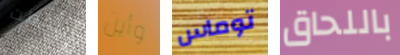
التقطت وأين توماس باللحاق